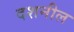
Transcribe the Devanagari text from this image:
दशनील